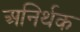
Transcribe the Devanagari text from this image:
अनिर्थक